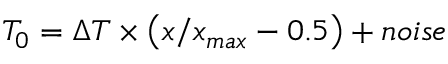
T _ { 0 } = \Delta T \times \left( x / x _ { m a x } - 0 . 5 \right) + n o i s e